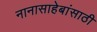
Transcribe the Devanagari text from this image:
नानासाहेबांसाठी